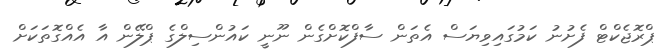
ޕްރޮޖެކްޓް ފެށުނު ކަމުގައިވިޔަސް އެތަން ސާފްކޮށްގެން ނޫނީ ކައުންސިލްގެ ޕްލޭން އާ އެއްގޮތަކަށް